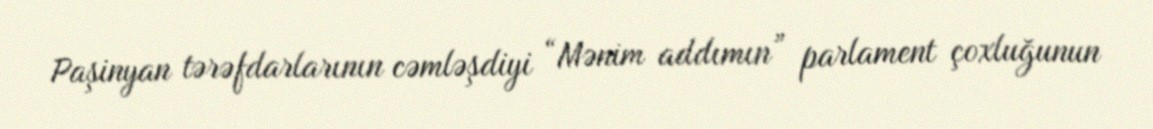
Paşinyan tərəfdarlarının cəmləşdiyi “Mənim addımın” parlament çoxluğunun